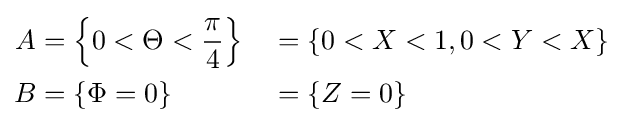
{\begin{aligned}A&=\left\{0<\Theta <{\frac {\pi }{4}}\right\}&&=\{0<X<1,0<Y<X\}\\B&=\{\Phi =0\}&&=\{Z=0\}\end{aligned}}